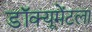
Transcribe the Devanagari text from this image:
डॉक्यूमेंटला